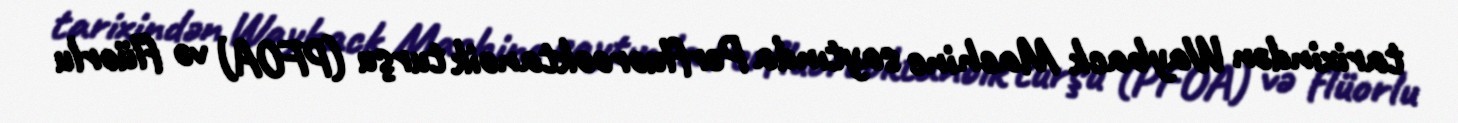
tarixindən Wayback Machine saytında Perfluorooktanoik turşu (PFOA) və flüorlu